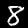
Label: 8